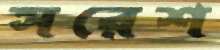
সরেশ